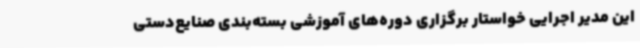
این مدیر اجرایی خواستار برگزاری دوره‌های آموزشی بسته‌بندی صنایع‌دستی